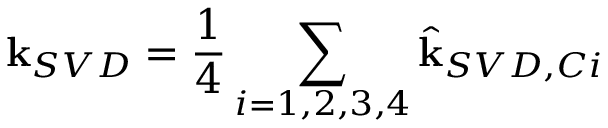
\mathbf { k } _ { S V D } = \frac { 1 } { 4 } \sum _ { i = 1 , 2 , 3 , 4 } \hat { \mathbf { k } } _ { S V D , C i }